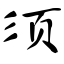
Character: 须